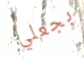
بجعلي